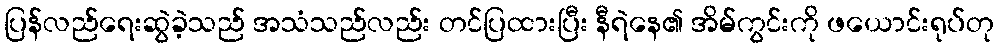
ပြန်လည်ရေးဆွဲခဲ့သည် အသံသည်လည်း တင်ပြထားပြီး နီရဲနေ၏ အိမ်ကွင်းကို ဖယောင်းရုပ်တု